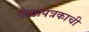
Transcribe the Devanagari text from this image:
वेळापत्रकाची